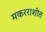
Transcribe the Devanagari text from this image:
मकरराशीत